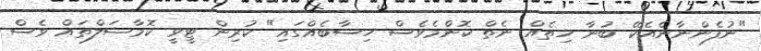
"ނުފެންނާނެއެކޭ ބުނާ ހިތެއް ނެތް ކޮންމެވެސް ހިސާބެއްގައި" ކުރިން ޓީވީ ކޮމާޝަލްތައް ވެސް